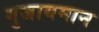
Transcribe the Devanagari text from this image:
गुजायमान